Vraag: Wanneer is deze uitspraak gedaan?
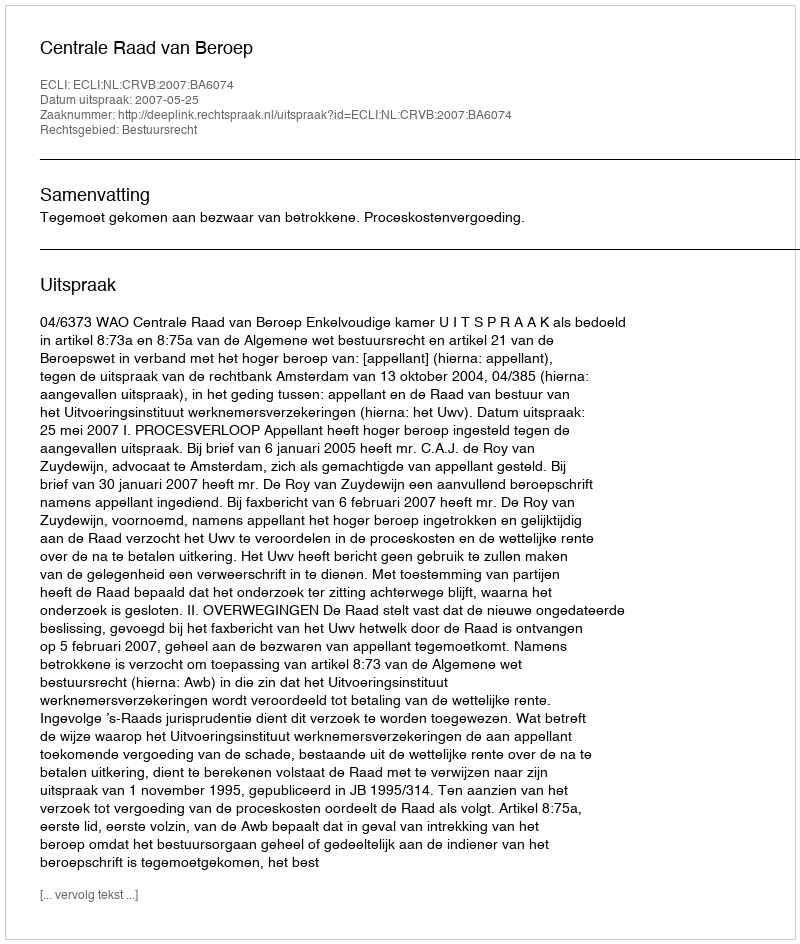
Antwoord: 2007-05-25